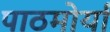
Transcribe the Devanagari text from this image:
पाठमोर्या